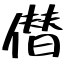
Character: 僣